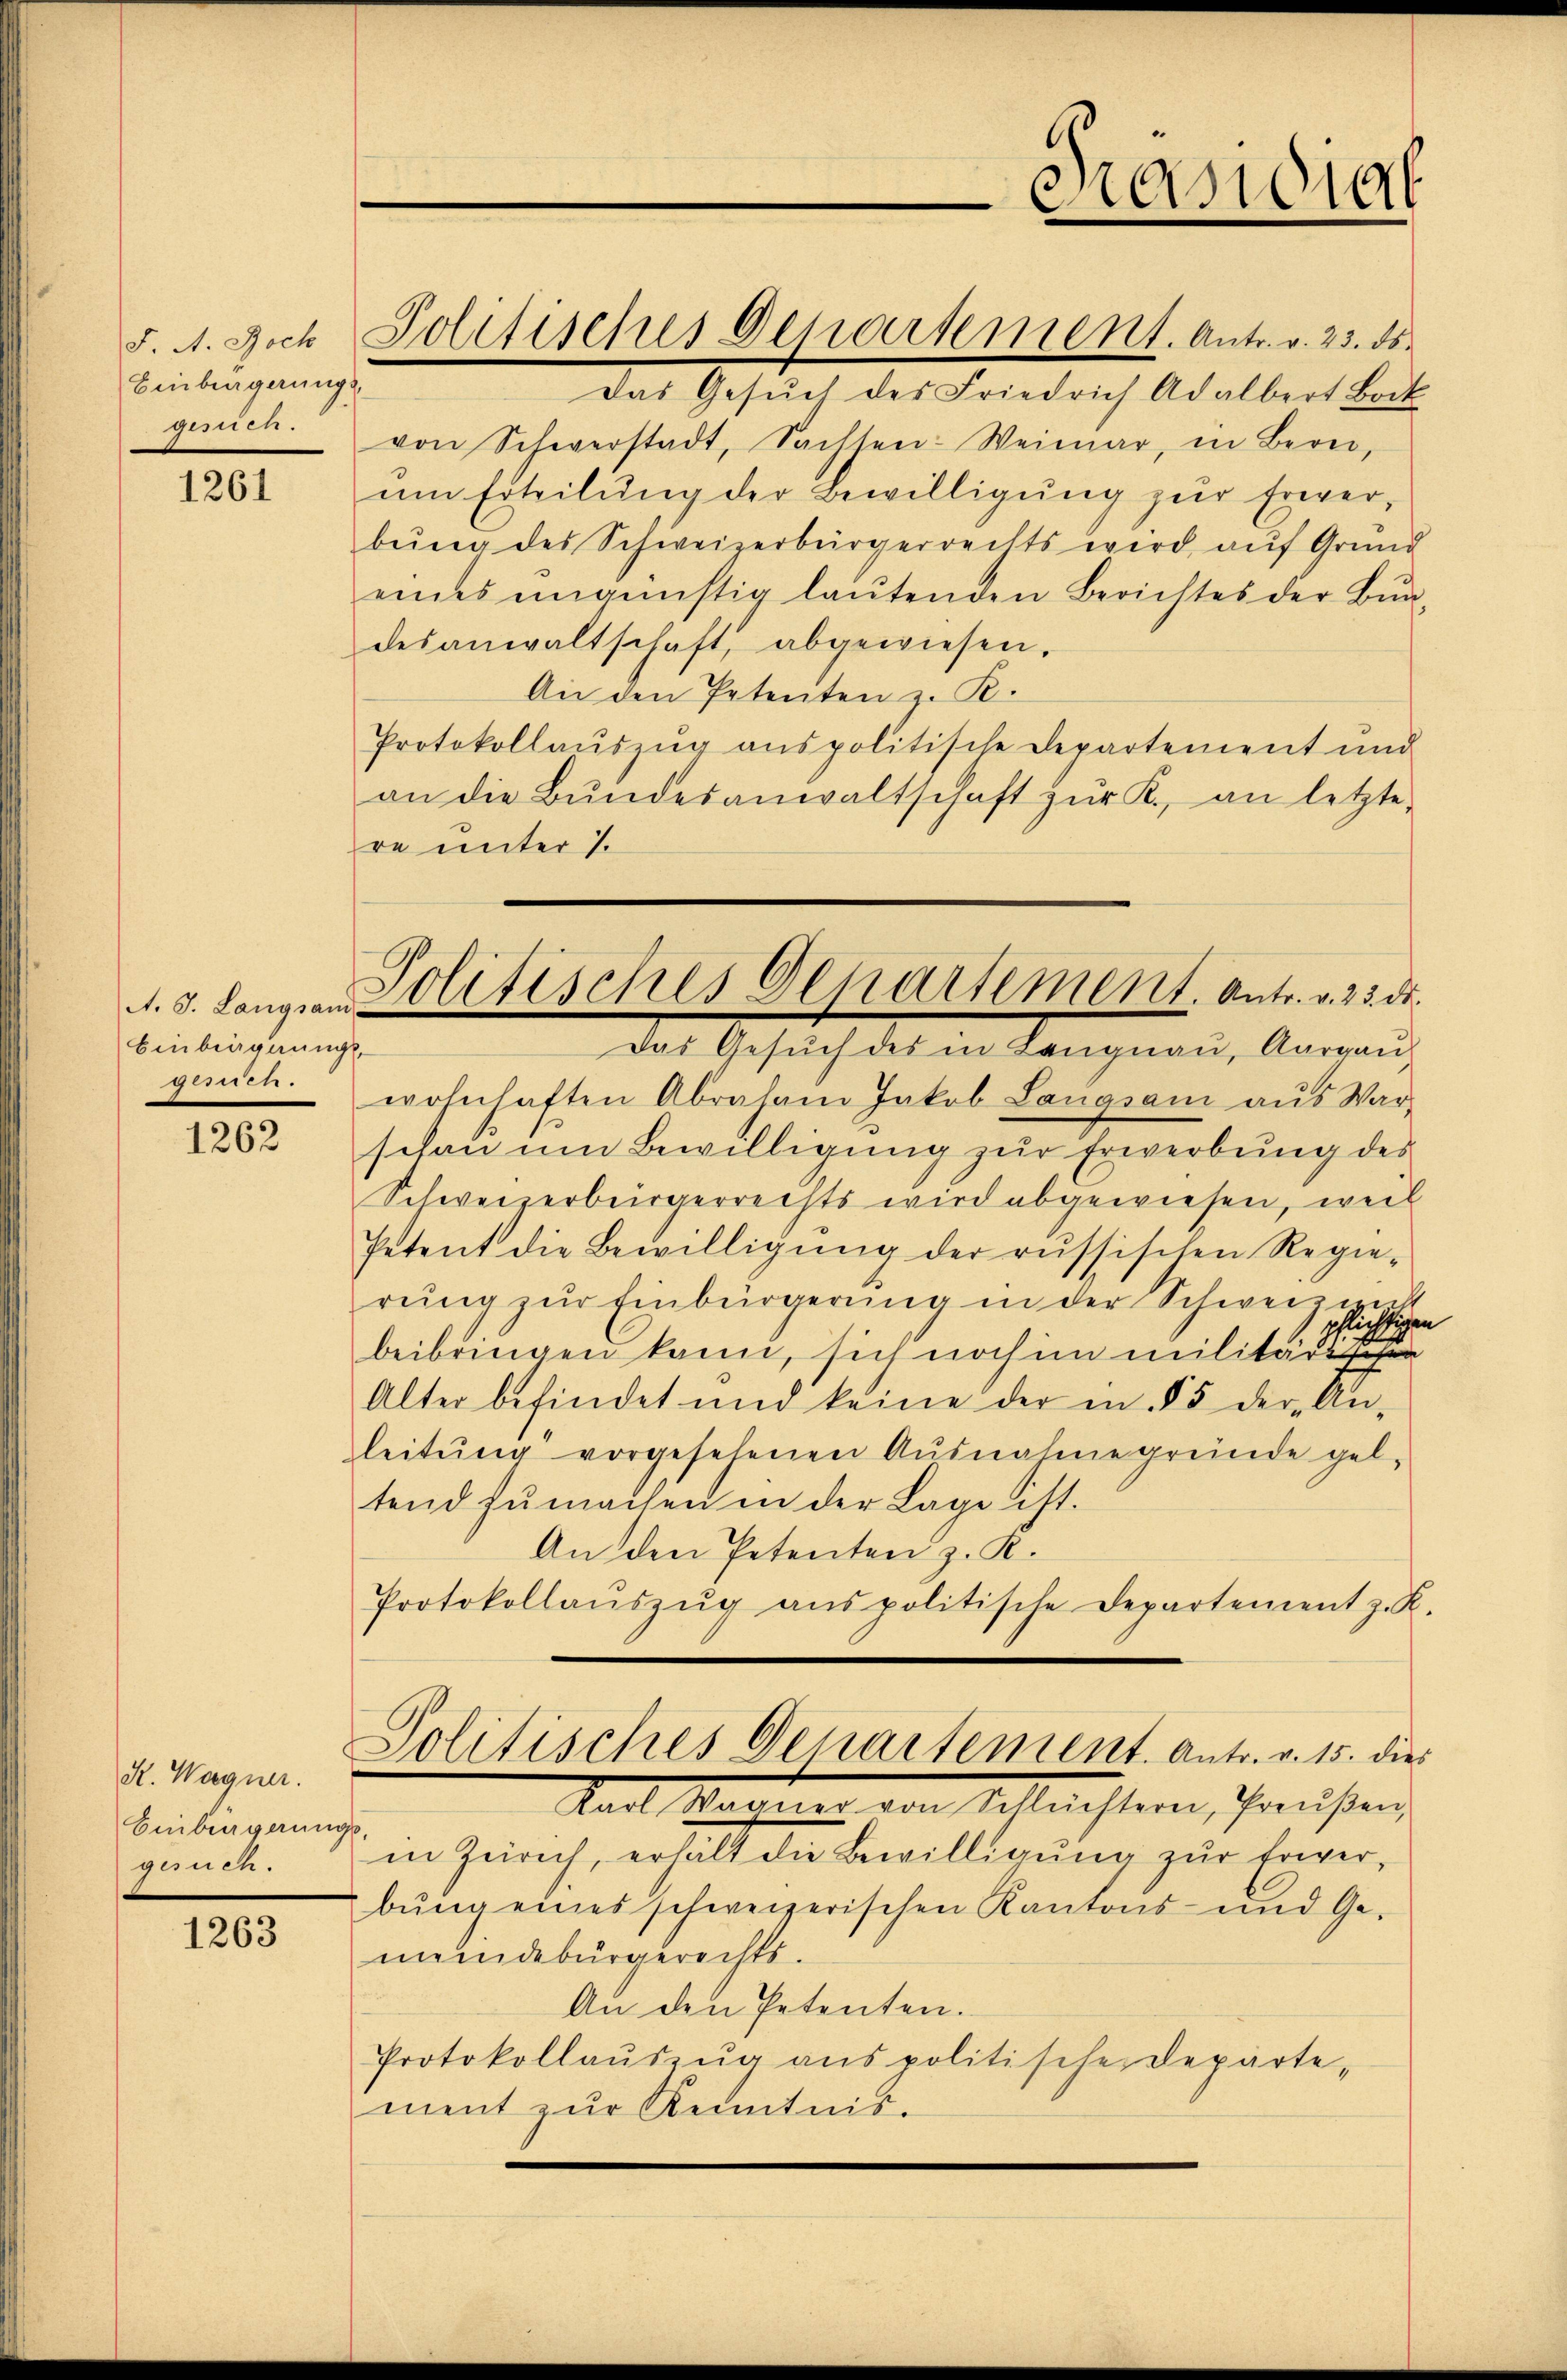
Einbergerungs

1261

A. J. Langsam
Einbergerungs-
 255 f 27

1262

S. Wagner.
Einbergerung
gerten.

1263

Das Gesŭch des Friedrich Adalbert Bock
gesuch. von Schwerstadt, Sachten-Weimar, in Bern,
ŭm Erteilŭng der Bewilligŭng zŭr Erwerbŭng des Schweizerbürgerrechts wird aŭf Grund
eines ŭngünstig laŭtenden Berichtes der Bŭn
desanwaltschaft, abgewiesen.
An den Petenten z. R.
Protokollaŭszŭg aŭspolitische Departement und
an die Bŭndesanwaltschaft zŭr K., an letzte
re unter 1
wohnhaften Abraham Jakob Langsam aŭs War-
schau um Bewilligung zur Erwerbung des
Schweizerbürgerrechts wird abgewiesen, weil
Petent die Bewilligŭng der russischen Regie-
rŭng zŭr Einbürgerŭng in der Schweizeik
pflichtige
beibringen kann, sich noch im militärsschen
Alter befindet und keine der in § 5 der An-
leitŭng vorgesehenen Ausnahme gründe geltend zumachen in der Lage ist.
An den Petenten z. R.
Protokollaŭszŭg aŭs politische Departement z. R.
Politisches Departement. Antr. v. 15. die
Karl Sachenen von Villachtern, Hausen
in Zürich, erhält die Bewilligung zur Erwerbŭng eines schweizerischen Kantons- und Ge-
meindebürgerechts.
An den Petenten.
Protokollaŭszŭg aŭs politische Departe-
ment zur Kenntnis.

F. A. Joch Politisches Departement. Antr. v. 23. ds.

Präsidial

Politisches Departement. Antr. v. 23. ds.
Das Gesuch des in Langnau, Aargau